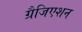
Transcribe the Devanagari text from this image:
ग्रैजिएशन